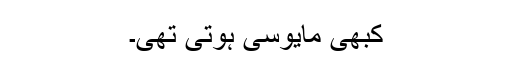
کبھی مایوسی ہوتی تھی۔